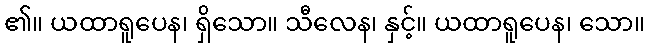
၏။ ယထာရူပေန၊ ရှိသော။ သီလေန၊ နှင့်။ ယထာရူပေန၊ သော။